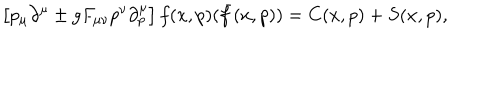
LaTeX: \left[ p _ { \mu } \partial ^ { \mu } \pm g F _ { \mu \nu } p ^ { \nu } \partial _ { p } ^ { \mu } \right] f ( x , p ) ( \bar { f } ( x , p ) ) = C ( x , p ) + S ( x , p ) ,